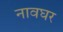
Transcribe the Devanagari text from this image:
नावघर